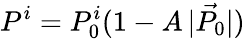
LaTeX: P^{i}=P_{0}^{i}(1-A\, |\vec{P_{0}}|)